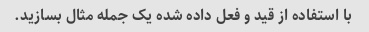
با استفاده از قید و فعل داده شده یک جمله مثال بسازید.